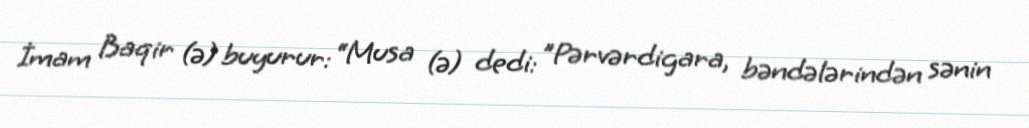
İmam Baqir (ə) buyurur: “Musa (ə) dedi: ”Pərvərdigara, bəndələrindən sənin